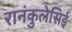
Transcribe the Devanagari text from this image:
रानंकुलेसिई